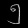
Digit: ၅